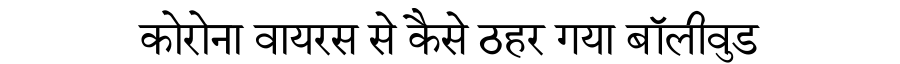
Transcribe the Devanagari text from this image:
कोरोना वायरस से कैसे ठहर गया बॉलीवुड